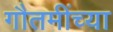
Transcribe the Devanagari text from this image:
गौतमींच्या